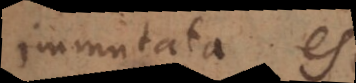
immutata est.